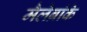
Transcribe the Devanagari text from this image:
मैलेब्रांके